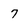
Character: 7